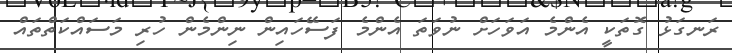
ރަނގަޅު ގޮތަކީ އެންމެ އަވަހަށް ނުވަތަ އެންމެ ފަސޭހައިން ނިންމެން ހުރި މަސައްކަތްތައް